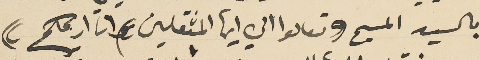
بالسيد المسيح ((تعالوا الي ايها المثقلين وانا اريحكم))